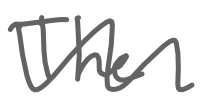
Text: The
Cross-out: wave
Writing tool: digital_gray